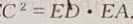
C ^ { 2 } = E D \cdot E A .